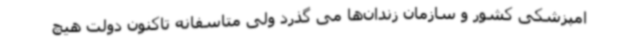
امپزشکی کشور و سازمان زندان‌ها می گذرد ولی متاسفانه تاکنون دولت هیچ